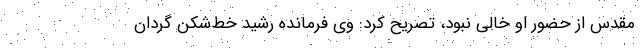
مقدس از حضور او خالی نبود، تصریح کرد: وی فرمانده رشید خط‌شکن گردان